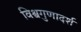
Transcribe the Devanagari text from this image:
विश्वगुणादर्श